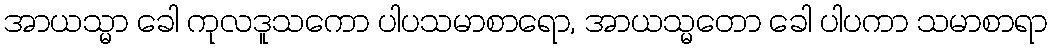
အာယသ္မာ ခေါ ကုလဒူသကော ပါပသမာစာရော, အာယသ္မတော ခေါ ပါပကာ သမာစာရာ